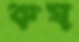
কষ